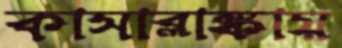
কাসাব্লাঙ্কায়